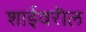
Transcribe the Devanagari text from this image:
शाईवरील